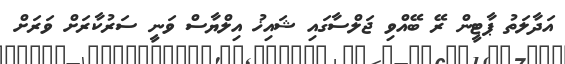
އަދާލަތު ޕާޓީން ރޭ ބޭއްވި ޖަލްސާގައި ޝައިޚު އިލްޔާސް ވަނީ ސަރުކާރަށް ވަރަށް